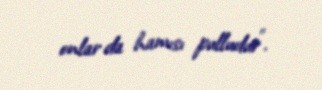
onlar da hamısı pulludur”.